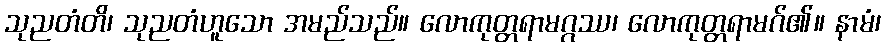
သုညတံတိ၊ သုညတံဟူသော အမည်သည်။ လောကုတ္တရာမဂ္ဂဿ၊ လောကုတ္တရာမဂ်၏။ နာမံ၊